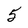
Character: 5